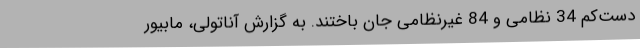
دست‌کم 34 نظامی و 84 غیرنظامی جان باختند. به گزارش آناتولی، مابیور